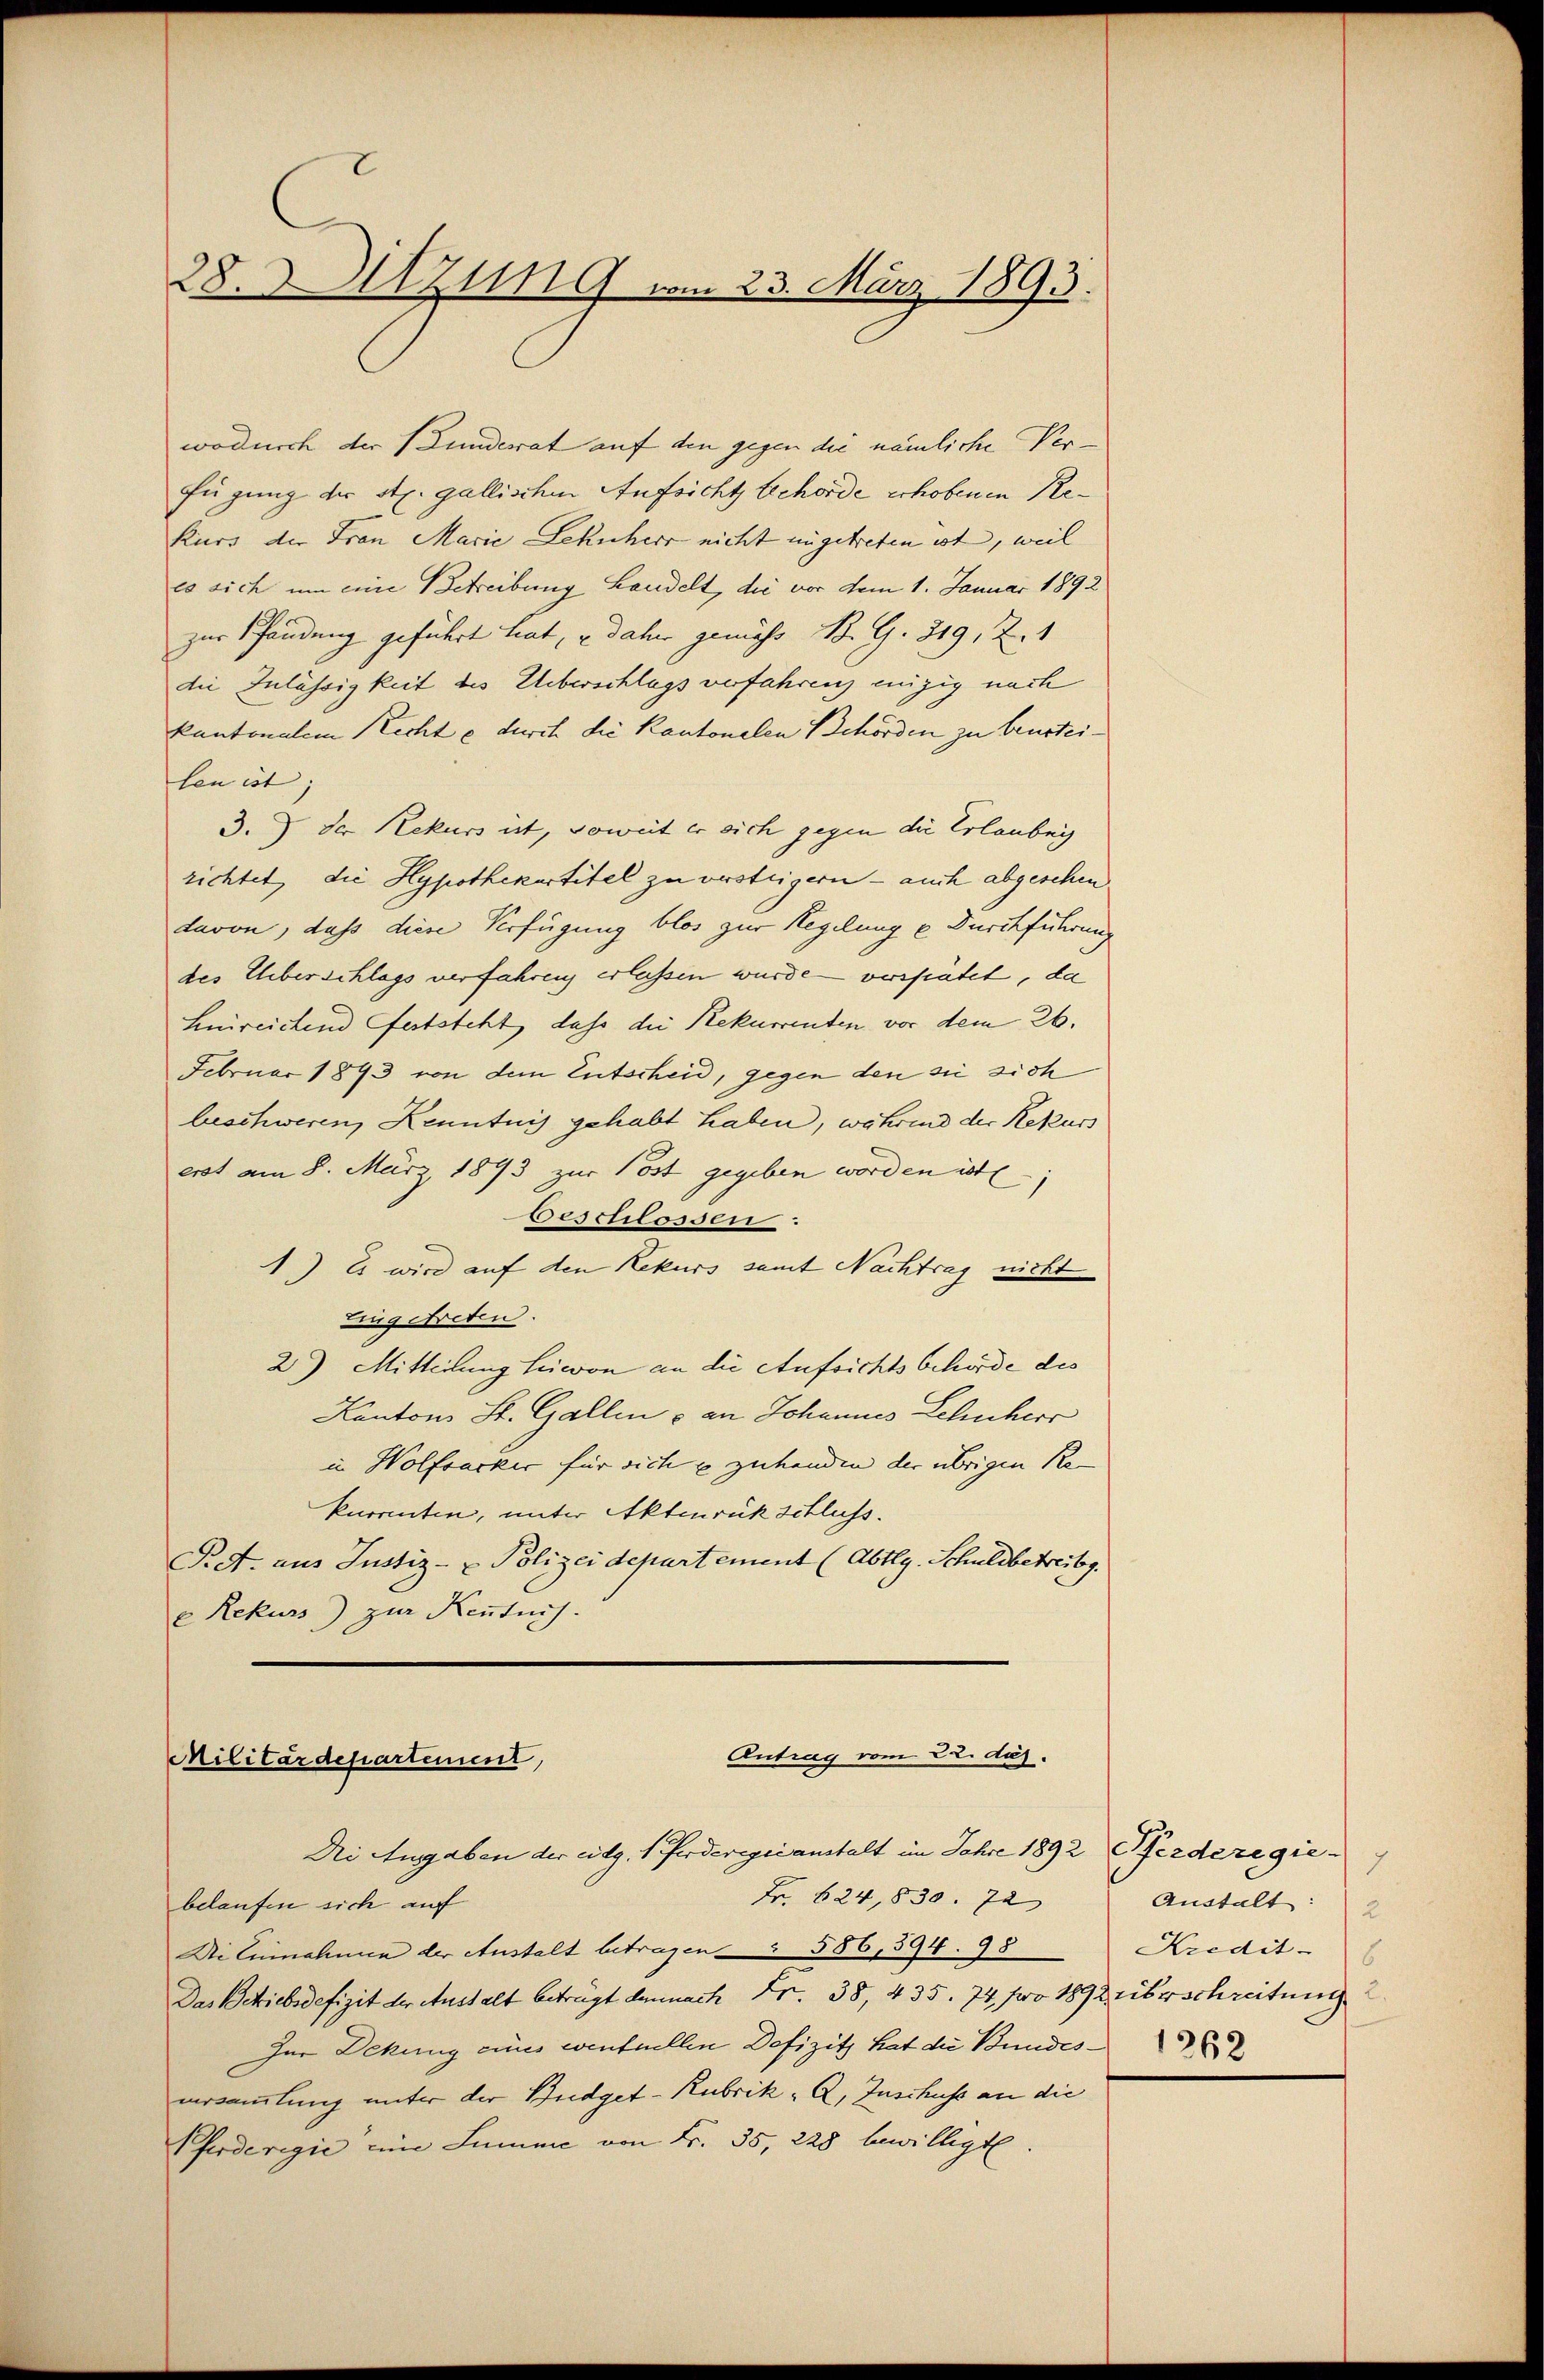
28. 1719 vom 23. März 1893.

wodurch der Kunderat auf den gegen die nämliche Ver¬
Fügung der st. gallischen Aufsicht behörde erhobenen Rekurs der Frau Marie Lekucher nicht eingetreten ist, weil
co sich um eine Betreibung Landelt, die vor dem 1. Januar 1892
zur Pfändung geführt hat, u. daher gemäss B. G. 319, 2. 1
die Zulässigkeit des Ueberschlags verfahren eizig nach
kantonalem Rechte durch die Kantonalen Behörden zu beurtei- |
len ist |
3.) Der Rekurs ist, soweit er sich gegen die Erlaubnis
richtet, die Hypothekartitel zu versteigern – auch abgesehen
davon, daß diese Verfügung blos zur Regelung e Durchführung
des Ueberschlags verfahren erlassen wurde verspätet, da
Hnreichend feststeht, dass die Rekurrenten vor dem 26.
Februar 1893 von dem Entscheid, gegen den sie sich
beschweren, Kenntnis gehabt haben, während der Rekurs
erst am 8. März 1893 zur Post gegeben worden ist,
Beschlossen:
1.) Es wird auf den Rekurs samt Nachtrag nicht
lingetreten.
2) Mitteilung Heimon an die Aufsichtsbehörde des
Kantons St. Gallen & an Johannes Schuherr
in Wolfsacker für sich u zuhanden der übrigen Re
kurrenten, unter Aktenrückschluss.
Pet. aus Justiz- & Polizei departement (Abtlg. Schuldbetreibg.
e Rekurs) zur Kenntnis.

Antrag vom 22. dez.
Militärdepartement,
Die Angaben der eidg. Pferderegii anstalt im Jahre 1892 Pferderegie

Fr. 624,830. 72
belaufen sich auf
Di Einnahmen der Anstalt betragen § 556,594. 98
Das Schriebsdefizit der Anstalt betrügt demnach Fr. 38, 435. 74 pro 1892 überschreitung
Zur Dekung eines wentuellen Defizitz hat die Bundes-
versammlung unter der Budget-Rubrik „A, Inschuss an die
Eferderegić eine Summe von Fr. 35, 228 bewilligt.

Austalt:
2
Kredit-